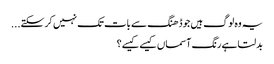
یہ وہ لوگ ہیں جو ڈھنگ سے بات تک نہیں کر سکتے...
بدلتا ہے رنگ آسماں کیسے کیسے؟